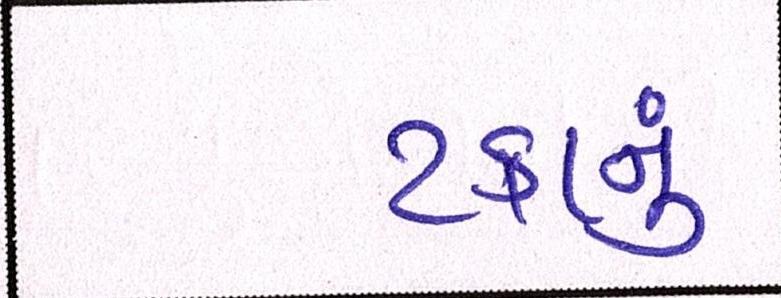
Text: ટકાનું